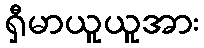
ရှီမာယူယူအား